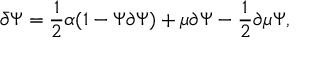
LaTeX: \bar { \partial } \Psi = \frac { 1 } { 2 } \alpha ( 1 - \Psi \partial \Psi ) + \mu \partial \Psi - \frac { 1 } { 2 } \partial \mu \Psi ,